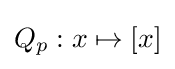
Q_{p}:x\mapsto [x]